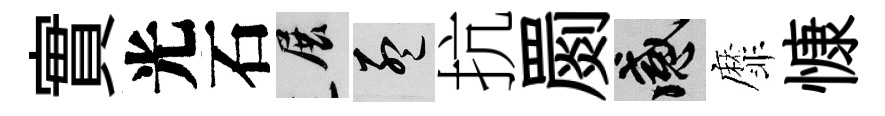
實光石展孟抗罽感靡慷